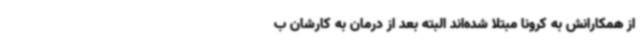
از همکارانش به کرونا مبتلا شده‌اند البته بعد از درمان به کارشان ب